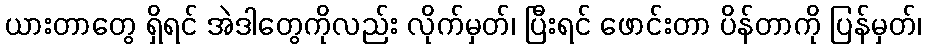
ယားတာတွေ ရှိရင် အဲဒါတွေကိုလည်း လိုက်မှတ်၊ ပြီးရင် ဖောင်းတာ ပိန်တာကို ပြန်မှတ်၊